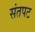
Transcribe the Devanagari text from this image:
संतपट